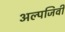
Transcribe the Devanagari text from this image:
अल्पजिवी